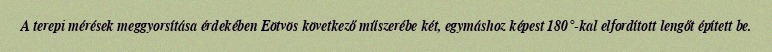
A terepi mérések meggyorsítása érdekében Eötvös következő műszerébe két, egymáshoz képest 180°-kal elfordított lengőt épített be.